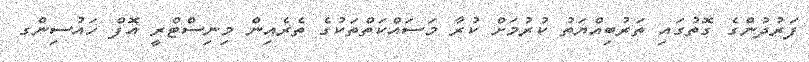
ފަރުދުންގެ ގޮތުގައި ތަރުބިއްޔަތު ކުރުމަށް ކުރާ މަސައްކަތްތަކުގެ ތެރެއިން މިނިސްޓްރީ އޮފް ހައުސިންގ